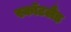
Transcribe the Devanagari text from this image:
स्कॉटलैंड़